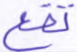
تقع